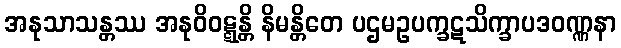
အနုသာသန္တဿ အနုဝိဝဋ္ဋန္တိ နိမန္တိတေ ပဌမဥပက္ခဋသိက္ခာပဒဝဏ္ဏနာ